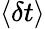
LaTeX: \langle\delta t\rangle